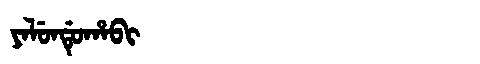
Manchu: ᠶᠠᠯᡠᠨᡩᡠᡥᠠᠪᡳ
Romanization: YALUNDUHABI